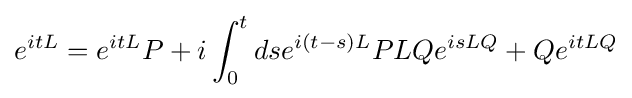
e^{itL}=e^{itL}P+i\int _{0}^{t}dse^{i\left(t-s\right)L}PLQe^{isLQ}+Qe^{itLQ}